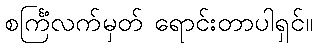
စင်္ကြံလက်မှတ် ရောင်းတာပါရှင်။